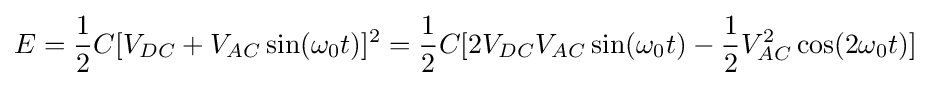
E={\frac {1}{2}}C[V_{DC}+V_{AC}\sin(\omega _{0}t)]^{2}={\frac {1}{2}}C[2V_{DC}V_{AC}\sin(\omega _{0}t)-{\frac {1}{2}}V_{AC}^{2}\cos(2\omega _{0}t)]